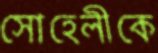
সোহেলীকে